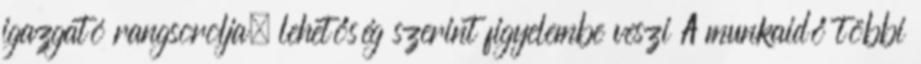
igazgató rangsorolja, lehetőség szerint figyelembe veszi A munkaidő többi